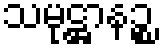
သမုဋ္ဌာနဉ္စ